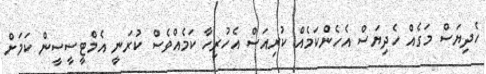
ހެދިޔަސް މަގެއް ހެދިޔަސް އެހެންކަމެއް ކުރިއަސް އެހުރިހާ ކަމެއްވެސް ކުރަނީ އެމްޓީސީސީން ކަމަށް